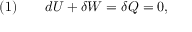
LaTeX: { \mathrm { ( 1 ) } } \qquad d U + \delta W = \delta Q = 0 ,